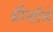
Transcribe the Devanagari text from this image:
ग्रीन्हौसे